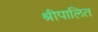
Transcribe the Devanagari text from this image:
श्रीपालित